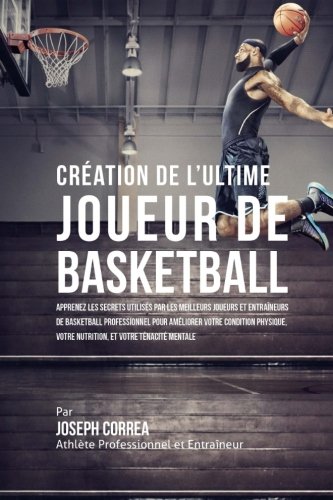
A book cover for Creation de l'Ultime Joueur de Basketball: Apprenez les secrets utilises par les meilleurs joueurs et entraineurs de basketball professionnel pour ... et votre Tenacite Mentale (French Edition); Joseph Correa (Athlete Professionnel et Entraineur); Sports & Outdoors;